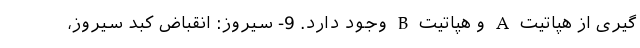
گیری از هپاتیت A و هپاتیت B وجود دارد. 9- سیروز: انقباض کبد سیروز،